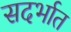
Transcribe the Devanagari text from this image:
सदर्भात